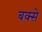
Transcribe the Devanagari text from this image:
बक्‍से